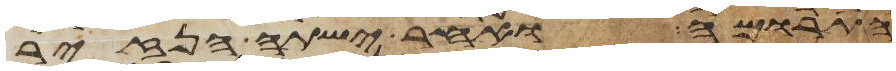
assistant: התרומה ואחר ישתה הנזיר